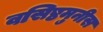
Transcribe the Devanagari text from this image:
वसिष्ठमुनीस